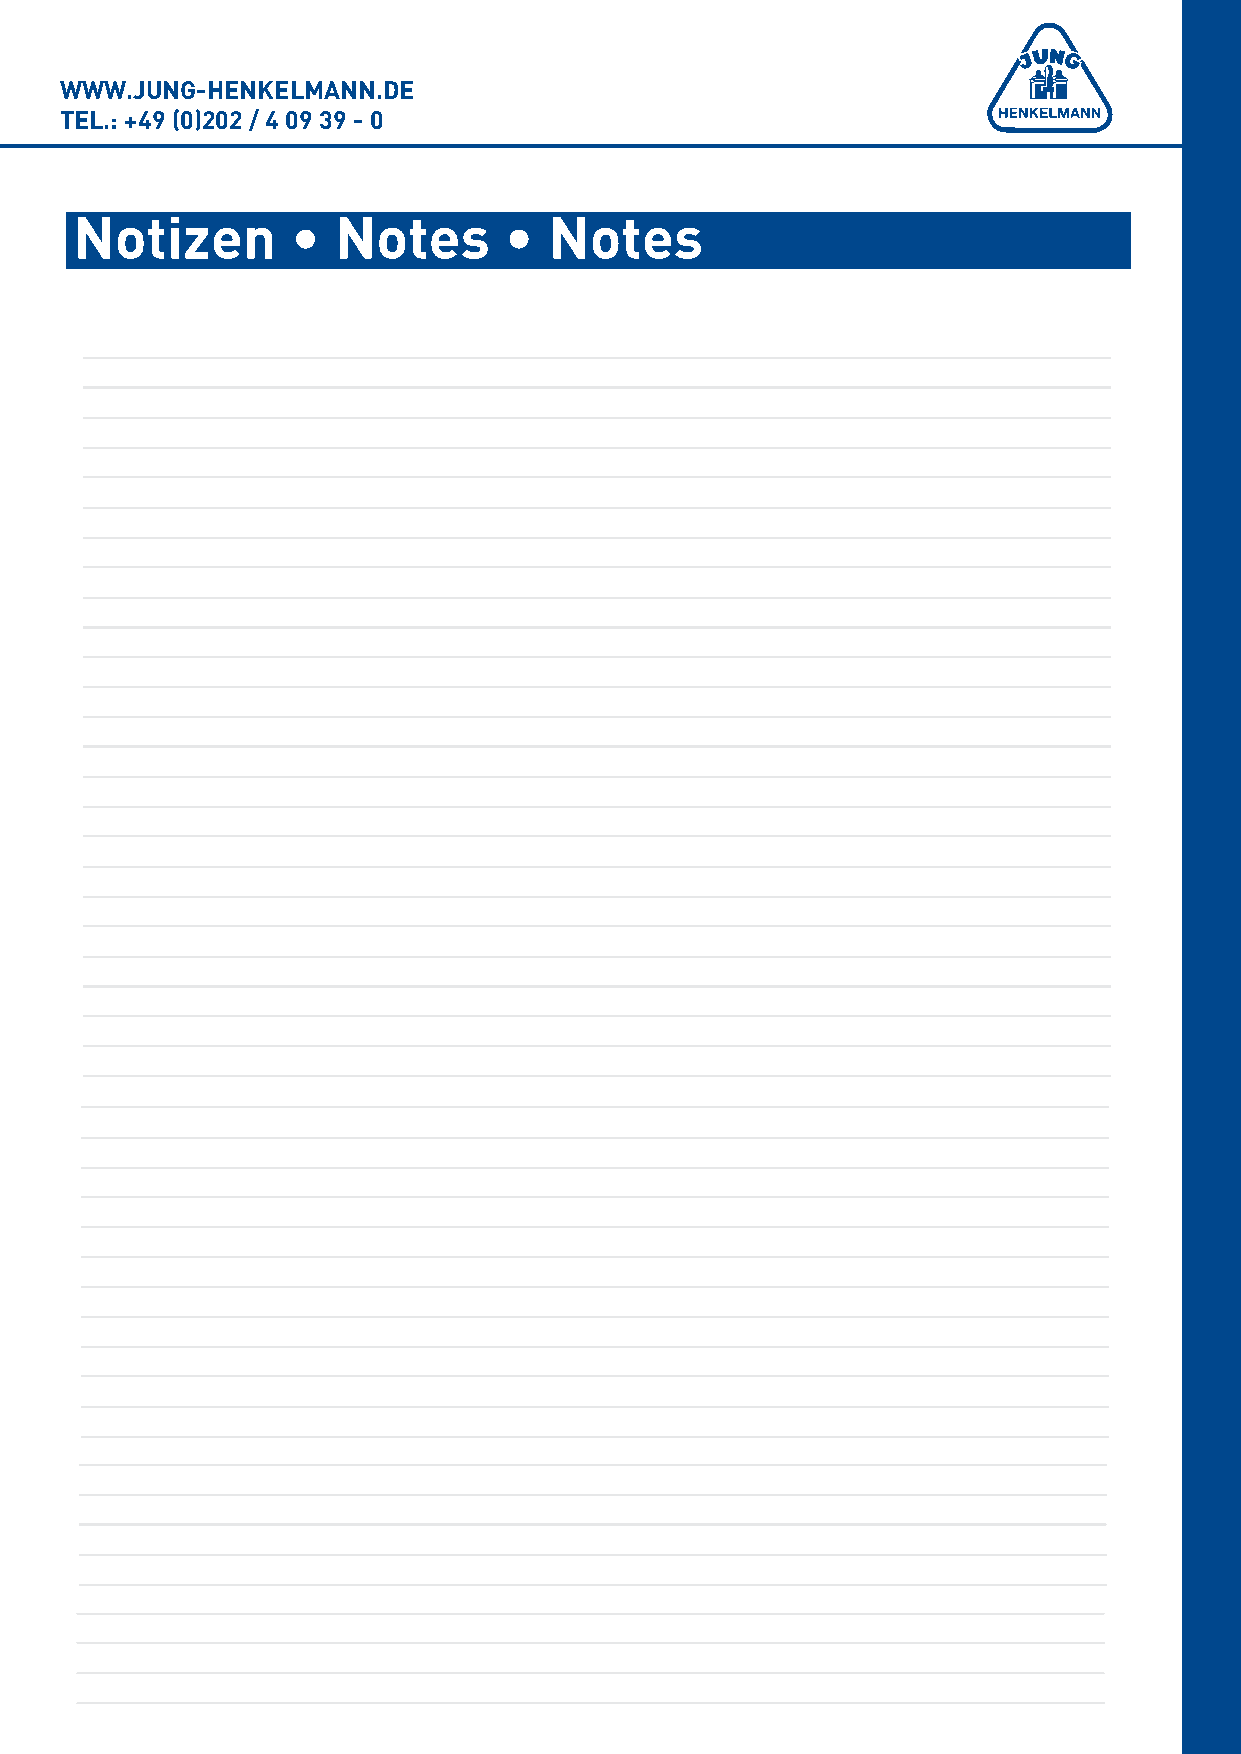
WWW.JUNG-HENKELMANN.DE
 TEL.: +49 (0)202 / 4 09 39 - 0
 Notizen       •  Notes      •  Notes